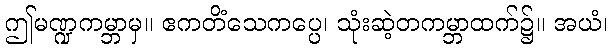
ဤမဏ္ဍကမ္ဘာမှ။ ဧကတိံသေကပ္ပေ၊ သုံးဆဲ့တကမ္ဘာထက်၌။ အယံ၊